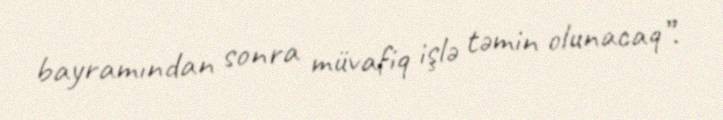
bayramından sonra müvafiq işlə təmin olunacaq”.